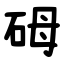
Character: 砪